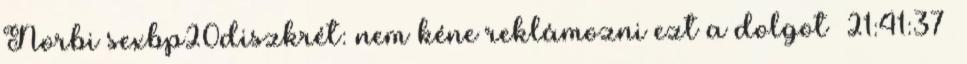
Norbi sexbp20diszkrét: nem kéne reklámozni ezt a dolgot 21:41:37